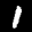
Label: 1